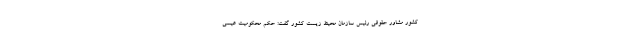
کشور مشاور حقوقی رئیس سازمان محیط زیست کشور گفت: حکم محکومیت عیسی